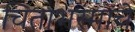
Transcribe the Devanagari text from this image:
चिताभस्माचे